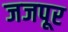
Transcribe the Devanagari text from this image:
जजपूर